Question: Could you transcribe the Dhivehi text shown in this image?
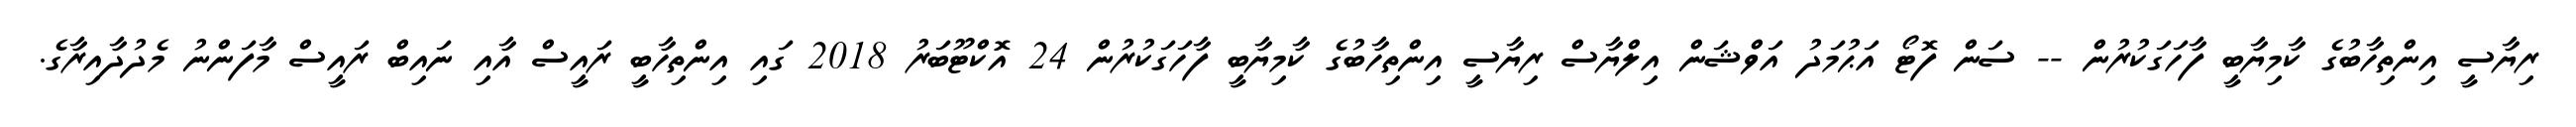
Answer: ރިޔާސީ އިންތިހާބުގެ ކާމިޔާބީ ފާހަގަކުރުން -- ސަން ފޮޓޯ އަޙުމަދު އަވްޝަން އިލްޔާސް ރިޔާސީ އިންތިހާބުގެ ކާމިޔާބީ ފާހަގަކުރުން 24 އޮކްޓޫބަރު 2018 ގައި އިންތިހާބީ ރައީސް އާއި ނައިބް ރައީސް މާފަންނު މެދުދާއިރާގެ.